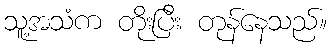
သူ့အသံက တိုးပြီး တုန်နေသည်။